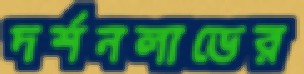
দর্শনলাভের